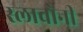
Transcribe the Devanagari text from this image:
स्लावोनी